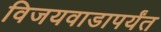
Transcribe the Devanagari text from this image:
विजयवाडापर्यंत